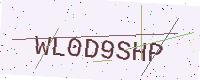
Text: WL0D9SHP